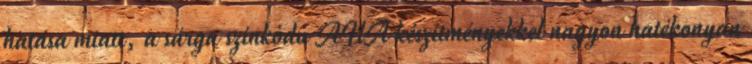
hatása miatt, a sárga színkódú AHA készítményekkel nagyon hatékonyan